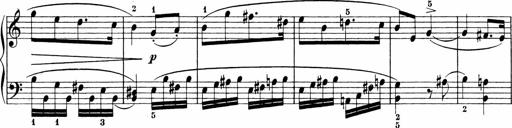
Title: Sonatinen Op.47, 98 und 136, nebst 6 Liedersonatinen
Composer: Carl Reinecke